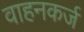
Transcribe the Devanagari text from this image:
वाहनकर्ज